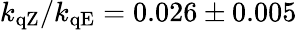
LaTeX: k_{\mathrm{qZ}}/k_{\mathrm{qE}}=0.026\pm 0.005